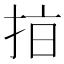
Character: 𢫾